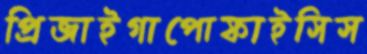
প্রিজাইগাপোফাইসিস